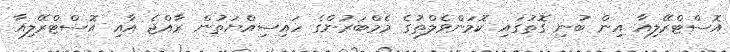
އޮސްޓްރޭލިއާ އިން ބުނި ގޮތުގައި ކޮމަންވެލްތުގެ މެމްބަރުންގެ ހައިސިއްޔަތުން ރާއްޖެ އާއި އޮސްޓްރޭލިއާ